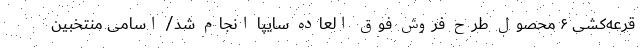
قرعه‌کشی ۶ محصول طرح فروش فوق العاده سایپا انجام شد/ اسامی منتخبين